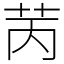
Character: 苪